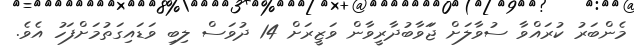
މެންބަރު ކުރައްވާ ސުވާލަށް ޖަަވާބުދާރީވާން ވަޒީރަށް 14 ދުވަސް ލިބި ވަޑައިގަތުމަށްފަހު އެވެ.